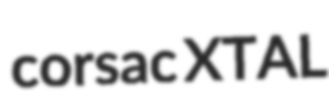
corsac XTAL